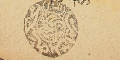
محكمة بدايت قضاء بترون ١٣٠١